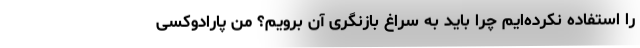
را استفاده نکرده‌ایم چرا باید به سراغ بازنگری آن برویم؟ من پارادوکسی